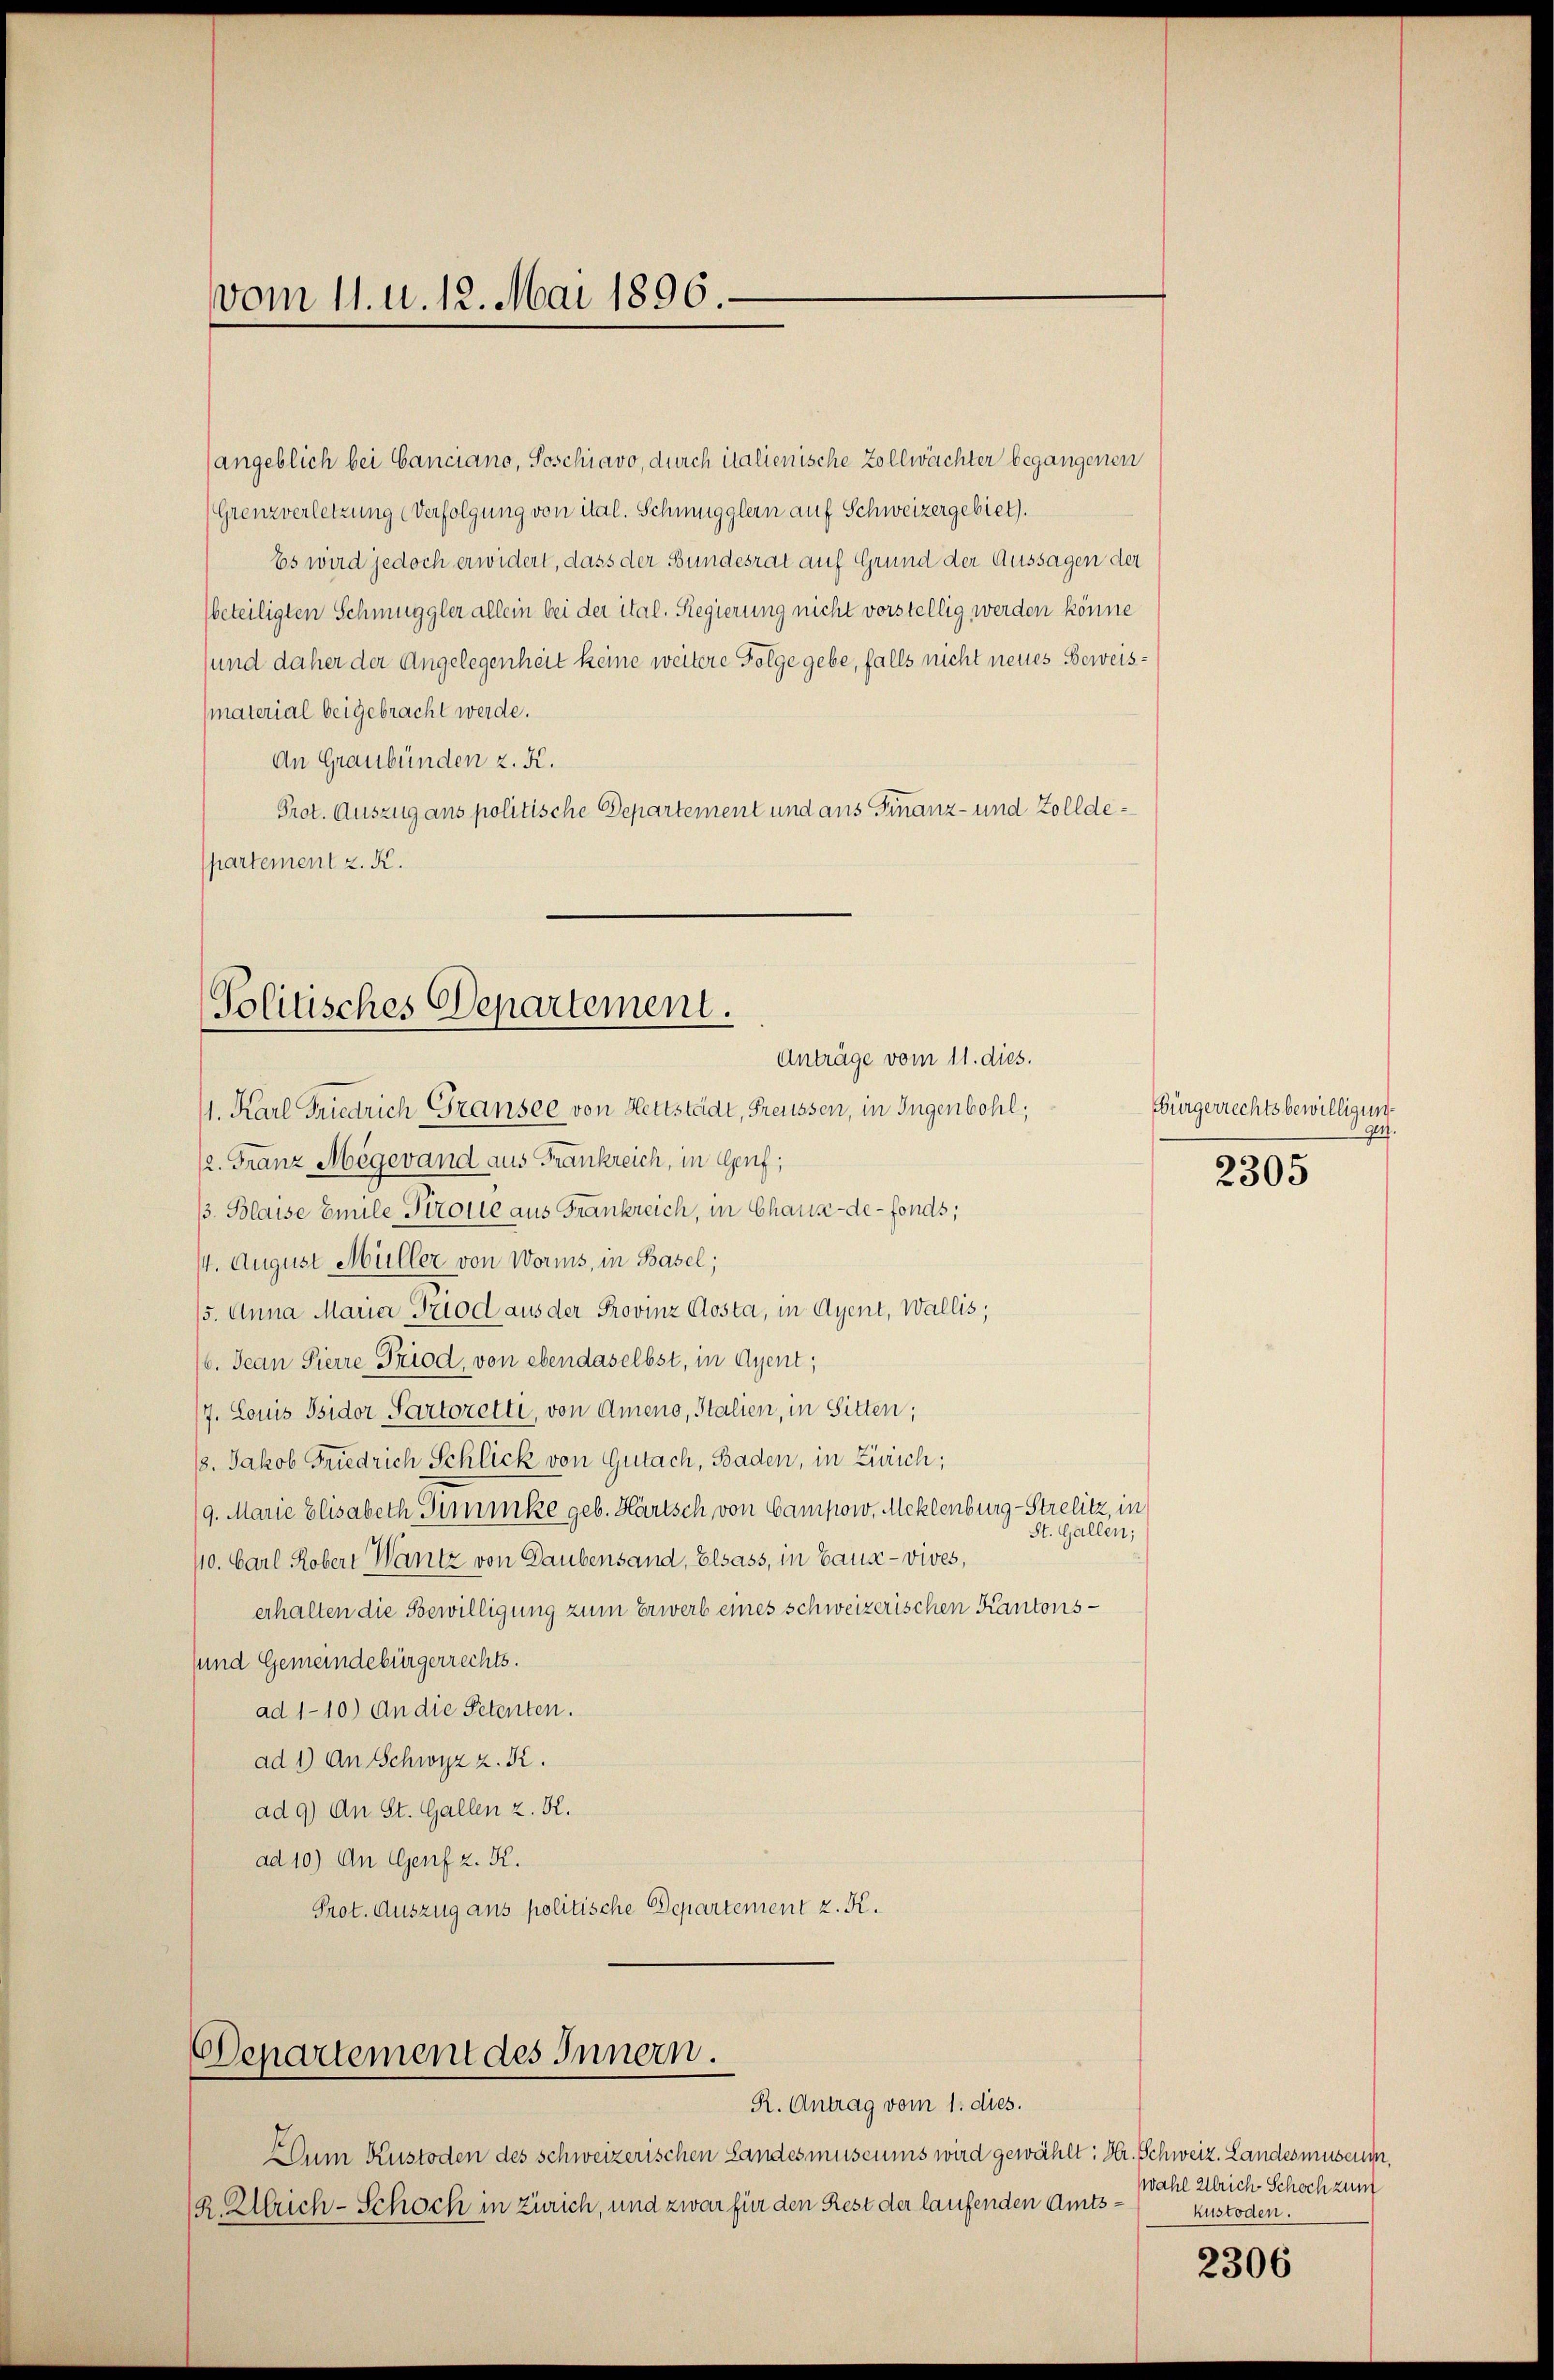
vom 11. u. 12. Mai 1896.

angeblich bei Canciano, Soschiavo, durch italienische Zollwächter begangenen
(Grenzverletzung (Verfolgung von ital. Schmugglern auf Schweizergebiet).
Es wird jedoch erwidert, dass der Bundesrat auf Grund der Aussagen der
beteiligten Schmuggler allein bei der ital. Regierung nicht vorstellig werden könne
und daher der Angelegenheit keine weitere Folge gebe, falls nicht neues Beweis¬
(material beigebracht werde.
An Graubünden z. K.
Prot. Auszug ans politische Departement und aus Finanz- und Zolldepartement z. K.

Politisches Departement.
Anträge vom 11. dies.

11. Karl Friedrich Gransee von Hettstädt, Freussen, in Jugenbohl,
/2. Franz Megevand aus Frankreich, in Genf;
/3. Blaise Emile Ptrone aus Frankreich, in Chaux-de-Fonds;
14. August Müller von Worms, in Basel;
15. Anna Marier Trod aus der Provinz Costa, in Agent, Wallis,
6. Jean Pierre Fried, von ebendaselbst, in Agent,
/7. Louis Bsidor Partozetti, von Ameno, Italien, in Sitten;
18. Jakob Friedrich Schlick von Gutach, Baden, in Zürich;
/9. Marie Elisabeth Simmke geb. Hartsch von Campow, Meklenburg-Strelitz, in
St. Gallen;
110. Carl Kobert Wantz von Laubensand, Elsass, in Bause - vives,
erhalten die Bewilligung zum Erwerb eines schweizerischen Kantonssund Gemeindebürgerrechts.
ad 1-10.) An die Petenten.
ad 1) An Schwyz z. K.
ad 9) An St. Gallen z. K.
ad 10) An Genf z. K.
Prot. Auszug aus politische Departement z. K.

Departement des Innern.
R. Antrag vom 1. dies.

Dum Kustoden des schweizerischen Landesmuseums wird gewählt: Hr. Schweiz. Landesmuseum,
R. Ulrich-Schoch in Zürich, und zwar für den Rest der laufenden Amts¬

Bürgerrechtsbewilligung.
ge.

2305

Wahl Ulrich Schoch zum
kustoden.

2306